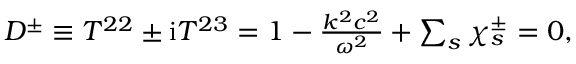
\begin{array} { r } { D ^ { \pm } \equiv T ^ { 2 2 } \pm \mathrm { i } T ^ { 2 3 } = 1 - \frac { k ^ { 2 } c ^ { 2 } } { \omega ^ { 2 } } + \sum _ { s } \chi _ { s } ^ { \pm } = 0 , } \end{array}